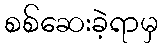
စစ်ဆေးခဲ့ရာမှ